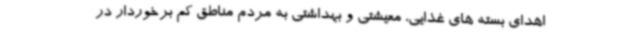
اهدای بسته های غذایی، معیشتی و بهداشتی به مردم مناطق کم برخوردار در